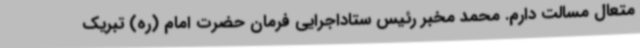
متعال مسالت دارم. محمد مخبر رئیس ستاداجرایی فرمان حضرت امام (ره) تبریک